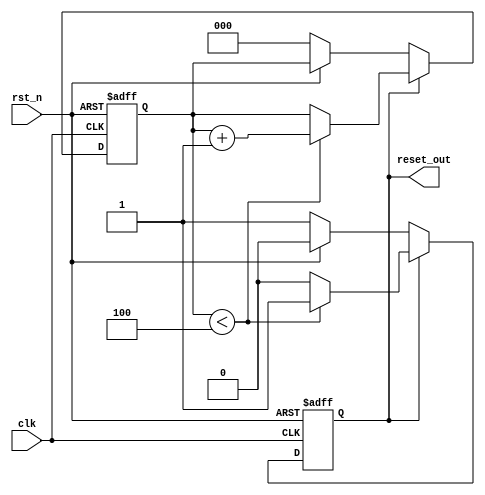
module power_on_reset (
    input wire clk,        // Clock signal
    input wire rst_n,     // Active-low external reset signal
    output reg reset_out   // Output reset signal
);

// Parameter for defining the duration of the power-on reset (in clock cycles)
parameter POR_DURATION = 5;  // Define the number of clock cycles for the power-on reset

// Internal signal for the counter
reg [2:0] por_counter;  // Counter of sufficient width to count to POR_DURATION

// State to track whether we are in a reset state
reg in_por;

// Synchronous reset handling
always @(posedge clk or negedge rst_n) begin
    if (!rst_n) begin
        // If external reset is asserted, reset the counter and output
        reset_out <= 1'b1;           // Assert output reset
        por_counter <= 0;            // Reset the counter
        in_por <= 1'b0;              // In Power-On Reset
    end else if (reset_out) begin
        // If reset_out is already asserted, continue the power-on reset
        if (por_counter < POR_DURATION - 1) begin
            por_counter <= por_counter + 1;  // Increment the reset duration counter
        end else begin
            reset_out <= 1'b0;           // Deassert output reset
            in_por <= 1'b0;              // Not in Power-On Reset anymore
        end
    end else begin
        // If not in POR, check for external reset assertion
        if (!rst_n) begin
            reset_out <= 1'b1;          // Assert reset_out on external reset
            por_counter <= 0;           // Reset the counter
            in_por <= 1'b0;             // Not in Power-On Reset
        end
    end
end

// Initial block to handle the initial state on power-up
initial begin
    reset_out = 1'b1;  // Start with reset asserted
    por_counter = 0;   // Initialize the counter
    in_por = 1'b1;     // Start in Power-On Reset state
end

endmodule